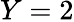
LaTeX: Y=2